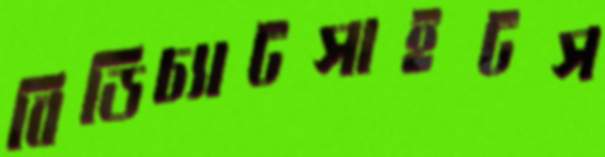
বিডিচ্যাটসাইটস